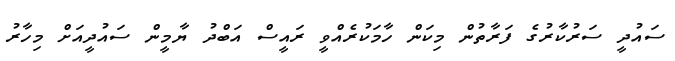
ސައުދީ ސަރުކާރުގެ ފަރާތުން މިކަން ހާމަކުރެއްވީ ރައީސް އަބްދު ޔާމީން ސައުދީއަށް މިހާރު